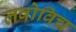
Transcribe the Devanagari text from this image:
लवोविच